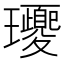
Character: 𤫕